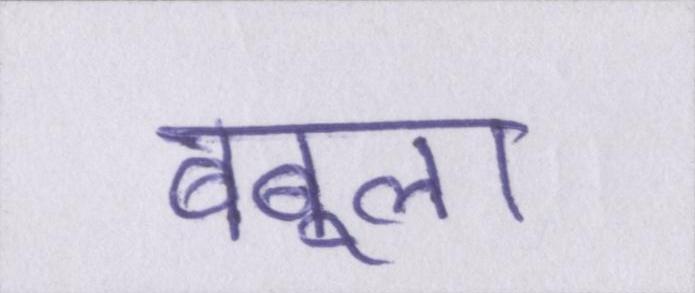
बबूला